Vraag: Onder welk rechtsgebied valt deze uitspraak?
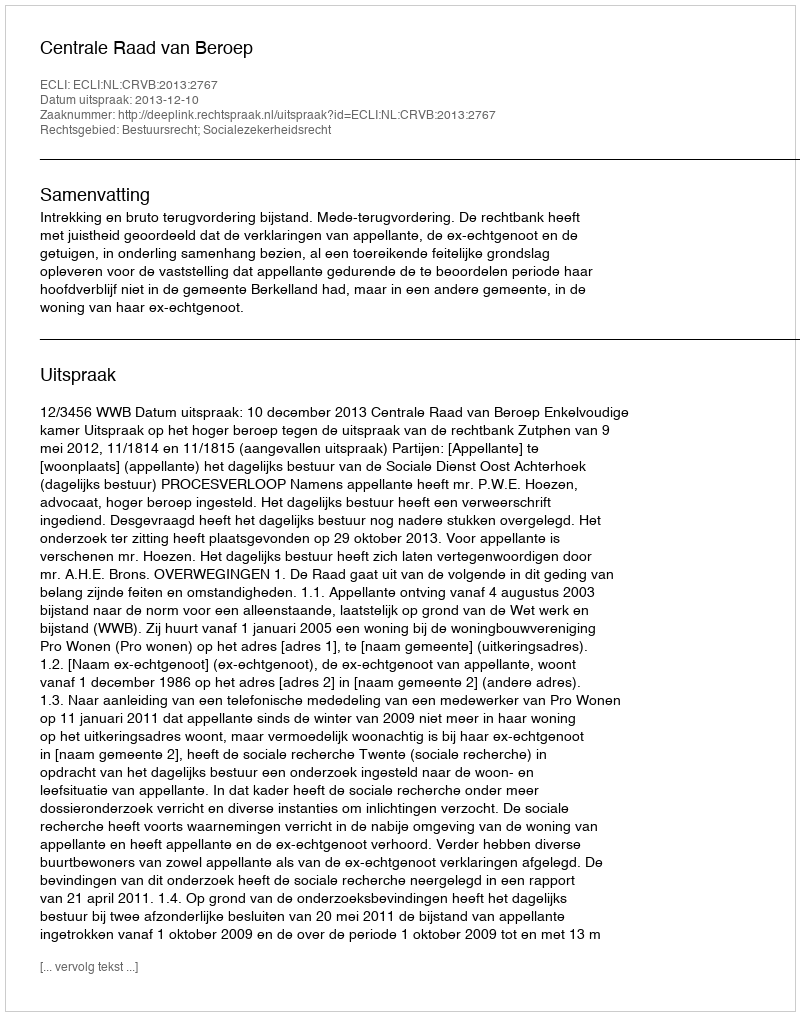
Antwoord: Bestuursrecht; Socialezekerheidsrecht